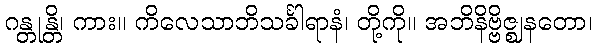
ဂန္တုန္တိ၊ ကား။ ကိလေသာဘိသင်္ခါရာနံ၊ တို့ကို။ အဘိနိဗ္ဗိဇ္ဈနတော၊